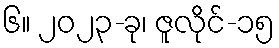
၆။ ၂၀၂၃-ခု၊ ဇူလိုင်-၁၅